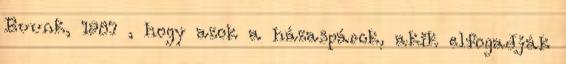
Buunk, 1987 , hogy azok a házaspárok, akik elfogadják